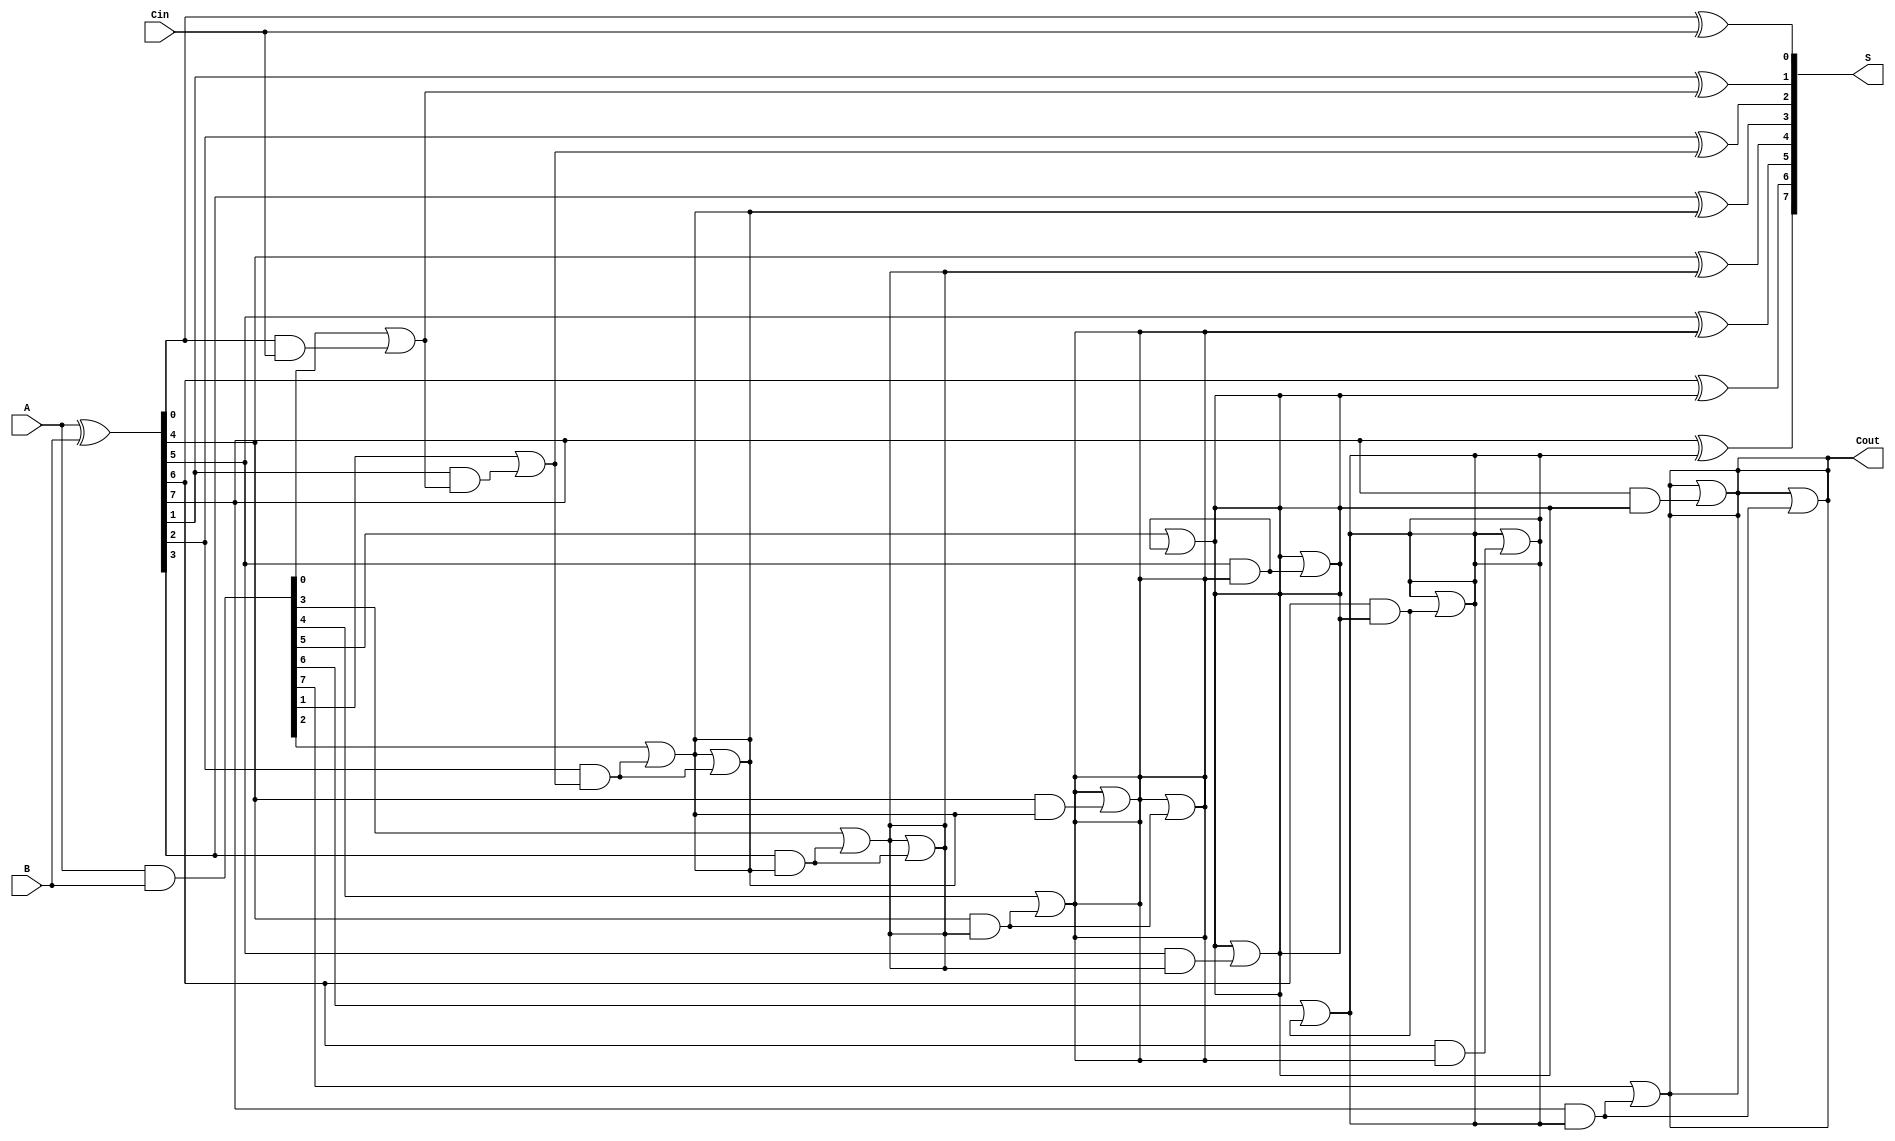
module KoggeStoneAdder #(parameter N = 8) (
    input  [N-1:0] A,      // First operand
    input  [N-1:0] B,      // Second operand
    input         Cin,      // Carry-in
    output [N-1:0] S,      // Sum output
    output        Cout      // Carry-out
);

    // Generate and Propagate signals
    wire [N-1:0] G; // Generate
    wire [N-1:0] P; // Propagate
    wire [N:0] C;    // Carry signals

    // Generate and Propagate calculations
    assign G = A & B; // Generate
    assign P = A ^ B; // Propagate

    // Carry initialization
    assign C[0] = Cin; // Initial carry-in

    // Kogge-Stone Carry Generation
    genvar i, j, k;
    generate
        // Stage 1
        for (i = 0; i < N; i = i + 1) begin : stage1
            if (i == 0) begin
                assign C[i + 1] = G[i] | (P[i] & C[0]);
            end else begin
                assign C[i + 1] = G[i] | (P[i] & C[i]);
            end
        end

        // Subsequent stages
        for (k = 1; k < $clog2(N); k = k + 1) begin : stages
            for (i = 0; i < N; i = i + 1) begin : stage
                if (i >= (1 << k)) begin
                    assign C[i + 1] = C[i + 1] | (P[i] & C[i - (1 << (k - 1)) + 1]);
                end
            end
        end
    endgenerate

    // Sum calculation
    generate
        for (j = 0; j < N; j = j + 1) begin : sum
            assign S[j] = P[j] ^ C[j]; // Sum bit calculation
        end
    endgenerate

    // Carry-out
    assign Cout = C[N];

endmodule